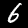
Label: 6